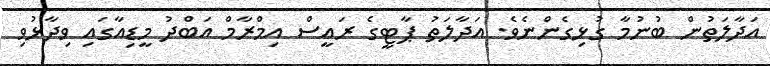
އަދާލަތުން ބުނުމާ ގުޅިގެންނެވެ. އަދާލަތު ޕާޓީގެ ރައީސް އިމްރާމް އަބްދު މީޑިއާގައި ވިދާޅުވި